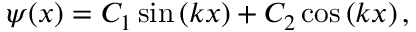
\psi ( x ) = C _ { 1 } \sin \left( k x \right) + C _ { 2 } \cos \left( k x \right) ,